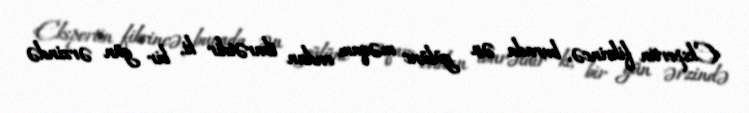
Ekspertin fikrincə, burada ən gülünc məqam ondan ibarətdir ki, bir gün ərzində